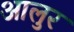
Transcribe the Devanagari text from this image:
आलुर